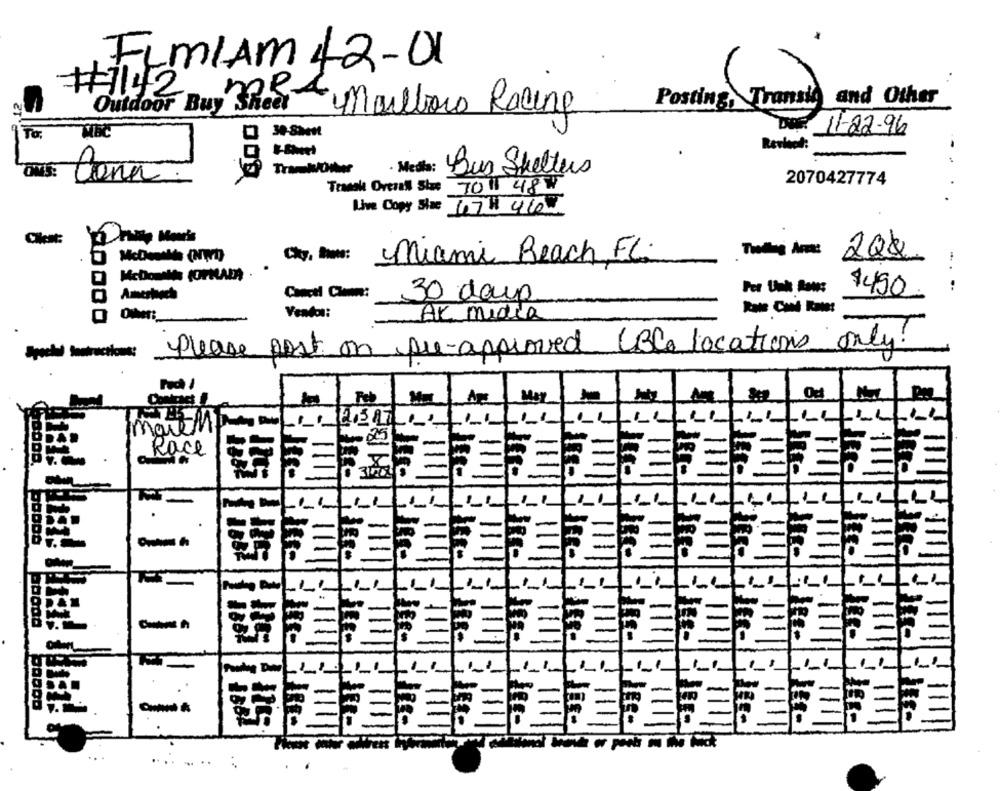
ELMIAM 42-01
#7142
Posting, Transi and Other
Outdoor Buy Š
mk- Mailowo Racing
Ta.
ABC
30-SMen
DIFF 11-22-96
-
Media: Bus Shelters
Cona
2070427774
Track Overalt Skue TO" 48"
Live Copy Sie 67H 410
Cket:
City, Date: Miami Beach, FL.
Thales Anos 2Q&
$450
Amerbosch
30 days
AK media
Please post on pre-approved (BC locations only!
--:
Od
Feb
Race
..
....